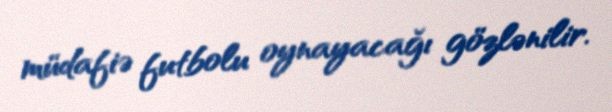
müdafiə futbolu oynayacağı gözlənilir.